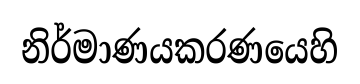
නිර්මාණයකරණයෙහි